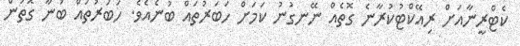
ކެޓްރީނާއަށް ރިއޭކްޓުކުރާނެ ގޮތެއް ނޭނގުނު ކަމަށް ހަބަރުތައް ބުނެއެވެ. ހަބަރުތައް ބުނާ ގޮތުން